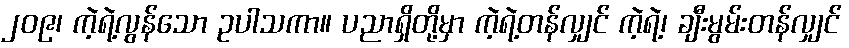
၂၀၉၊ ကဲ့ရဲ့လွန်သော ဥပါသကာ။ ပညာရှိတို့မှာ ကဲ့ရဲ့တန်လျှင် ကဲ့ရဲ့၊ ချီးမွမ်းတန်လျှင်